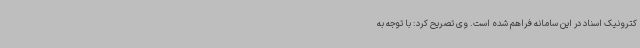
کترونیک اسناد در این سامانه فراهم شده است. وی تصریح کرد: با توجه به